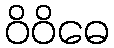
ဝိဝိဓေ